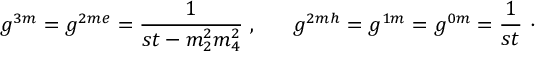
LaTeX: g ^ { 3 m } = g ^ { 2 m e } = \frac { 1 } { s t - m _ { 2 } ^ { 2 } m _ { 4 } ^ { 2 } } ~ , ~ ~ ~ ~ ~ g ^ { 2 m h } = g ^ { 1 m } = g ^ { 0 m } = \frac { 1 } { s t } ~ \cdot